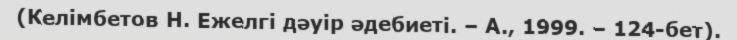
(Келімбетов Н. Ежелгі дәуір әдебиеті. – А., 1999. – 124-бет).